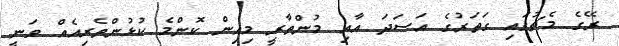
ރޭގެ މެޗުގައި ގަތަރުގެ އަސަދަ އާއި މުންތާރީ މިއިން ކޮންމެ ކުޅުންތެރިއެއް ވަނީ